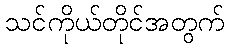
သင်ကိုယ်တိုင်အတွက်